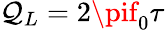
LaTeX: \mathcal{Q}_{L}=2\pif_{0}\tau